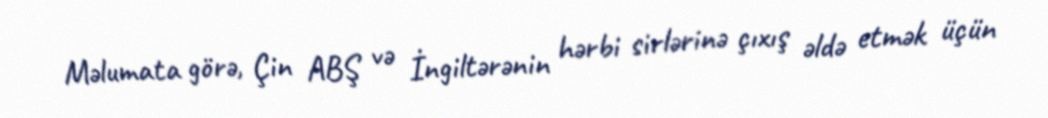
Məlumata görə, Çin ABŞ və İngiltərənin hərbi sirlərinə çıxış əldə etmək üçün